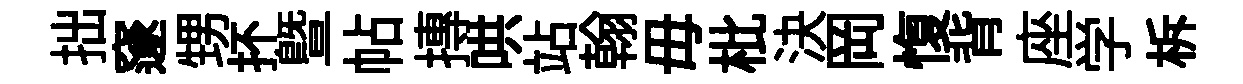
拙邃甥抔暨帖摶哄站翰毋枇決岡愎背座学柝